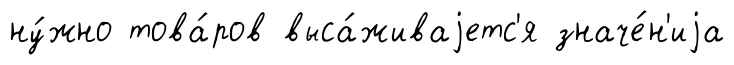
ну́жно това́ров выса́живаjетс'я значе́н'иjа